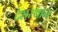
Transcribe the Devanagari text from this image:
देशस्थान